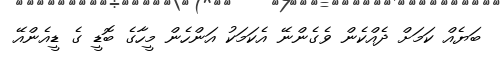
ބަޔެއް ކަމަށް ދެއްކެން ވެގެންނޭ އެކަމަކު އަންހެން މީހާގެ ބޮޑީ ގެ ޑީއެންއޭ